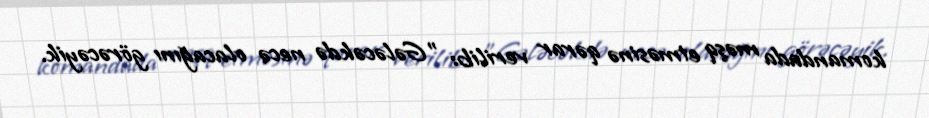
komandada məşq etməsinə qərar verilib: "Gələcəkdə necə olacağını görəcəyik.